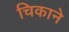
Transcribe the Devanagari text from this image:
चिकाने